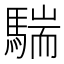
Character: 𩤚